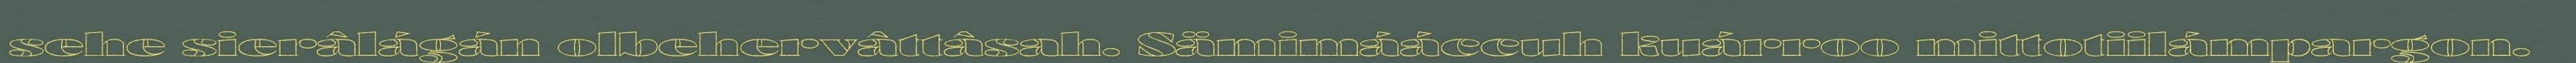
sehe sierâlágán olbehervâttâsah. Sämimááccuh kuárroo mittotiilámpargon.